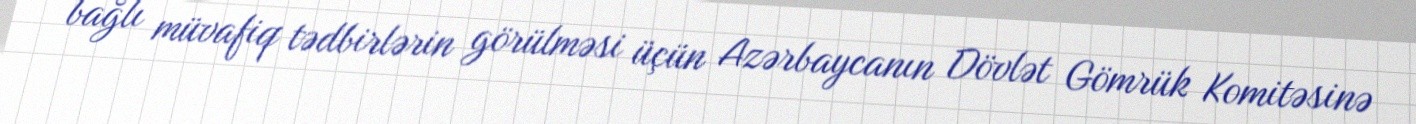
bağlı müvafiq tədbirlərin görülməsi üçün Azərbaycanın Dövlət Gömrük Komitəsinə